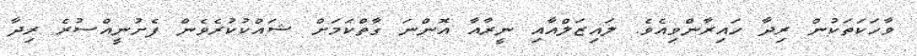
ވާހަކަތަކުން ރިދާ ހައިރާންވިއެވެ. ލައިޒަލްއާއި ނީރާއާ އޮންނަ ގާތްކަމަށް ޝައްކުކުރެވެން ފެށުނީއްސުރެ ރިދާ